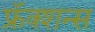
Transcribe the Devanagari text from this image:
फ्रॅक्शन्स